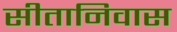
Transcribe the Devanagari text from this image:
सीतानिवास